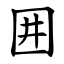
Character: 囲